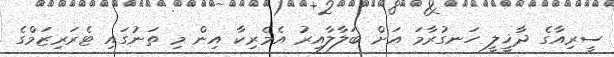
ސީރިއާގެ ދާޚީލީ ހަނގުރާމަ އަށް ބަލާލާއިރު އެމެރިކާ އިން މި ތަނުގައި ޓެރަރިޒަމްގެ